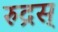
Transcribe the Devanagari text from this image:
रुद्रस्